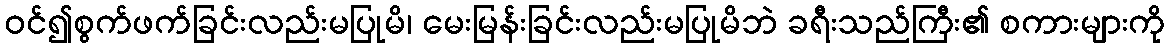
ဝင်၍စွက်ဖက်ခြင်းလည်းမပြုမိ၊ မေးမြန်းခြင်းလည်းမပြုမိဘဲ ခရီးသည်ကြီး၏ စကားများကို